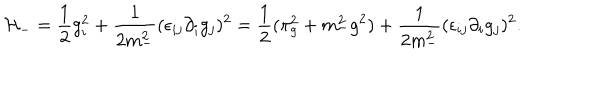
{ \cal H } _ { - } = { \frac { 1 } { 2 } } g _ { i } ^ { 2 } + { \frac { 1 } { 2 m _ { - } ^ { 2 } } } ( \epsilon _ { i j } \partial _ { i } g _ { j } ) ^ { 2 } = { \frac { 1 } { 2 } } ( \pi _ { g } ^ { 2 } + m _ { - } ^ { 2 } g ^ { 2 } ) + { \frac { 1 } { 2 m _ { - } ^ { 2 } } } ( \epsilon _ { i j } \partial _ { i } g _ { j } ) ^ { 2 } .